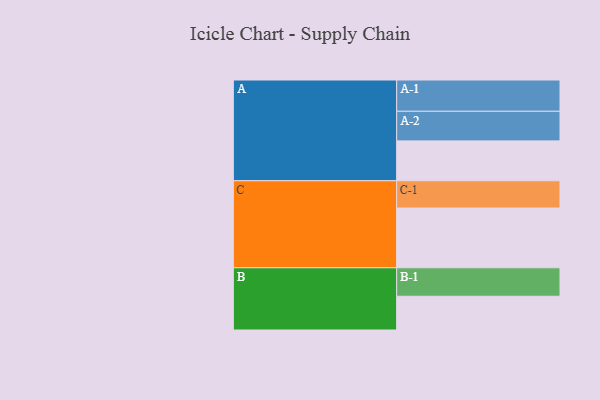
{"axis": {"x": "Segment", "y": "Value"}, "legend": ["", "A", "B", "C"], "data": [{"x": "A", "y": 357, "type": ""}, {"x": "B", "y": 302, "type": ""}, {"x": "C", "y": 535, "type": ""}, {"x": "A-1", "y": 280, "type": "A"}, {"x": "A-2", "y": 265, "type": "A"}, {"x": "B-1", "y": 255, "type": "B"}, {"x": "C-1", "y": 244, "type": "C"}]}